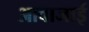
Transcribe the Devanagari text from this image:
आवाजाई